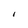
Character: I